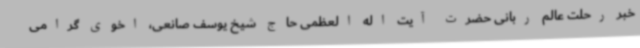
خبر رحلت عالم ربانی حضرت آیت اله العظمی حاج شیخ یوسف صانعی، اخوی گرامی